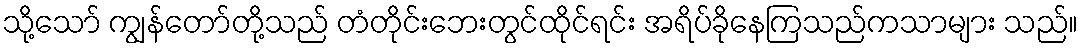
သို့သော် ကျွန်တော်တို့သည် တံတိုင်းဘေးတွင်ထိုင်ရင်း အရိပ်ခိုနေကြသည်ကသာများ သည်။